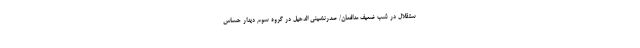
ستقلال در شب ضعیف مدافعان/ صدرنشینی الدحیل در گروه سوم دیدار حساس